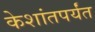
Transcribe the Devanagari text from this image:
केशांतपर्यंत